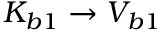
K _ { b 1 } \rightarrow V _ { b 1 }